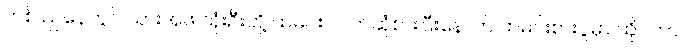
တစ် ညနေတွင် သားအဖ သုံးဦးတို့ ထမင်း လက်ဆုံစားပြီးနောက် ထမင်းစားပွဲမှာ ထိုင်ကာ